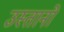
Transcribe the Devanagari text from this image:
उस्तानों